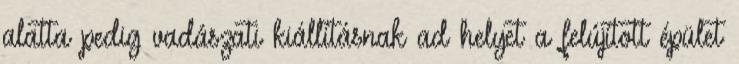
alatta pedig vadászati kiállításnak ad helyet a felújított épület